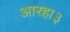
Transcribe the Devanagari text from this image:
आरहा३